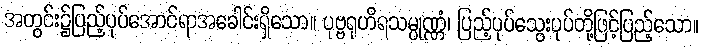
အတွင်း၌ပြည့်ပုပ်အောင်ရာအခေါင်းရှိသော။ ပုဗ္ဗရုဟိရသမ္ပုဏ္ဏံ၊ ပြည့်ပုပ်သွေးပုပ်တို့ဖြင့်ပြည့်သော။